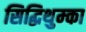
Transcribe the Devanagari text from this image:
सिद्धिथुम्का